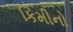
કિમીનો